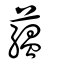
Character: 蕰